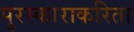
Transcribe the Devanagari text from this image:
पुरस्काराकरिता